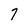
Character: 7